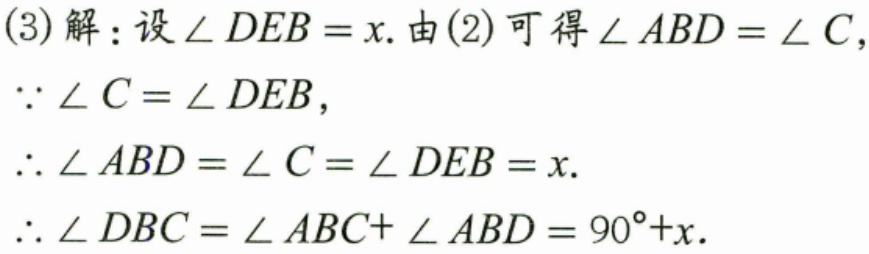
(3)解：设\(\angle DEB = x\). 由(2)可得\(\angle ABD=\angle C\)，
\(\because\angle C = \angle DEB\)，
\(\therefore\angle ABD=\angle C=\angle DEB = x\).
\(\therefore\angle DBC=\angle ABC + \angle ABD = 90^{\circ}+x\).